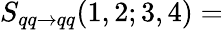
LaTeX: S_{qq\rightarrow qq}(1,2;3,4)=